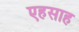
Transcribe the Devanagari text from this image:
एहसाह